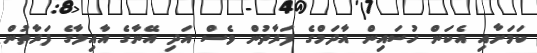
ކަމަށާއި އެކަން ހުސައިން އާދަމްގެ ފަރާތުން ވެސް އަދި އޭނާގެ އާއިލާގެ ފަރާތުން